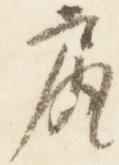
尻